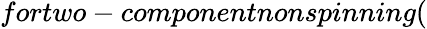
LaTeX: fortwo-componentnonspinning(